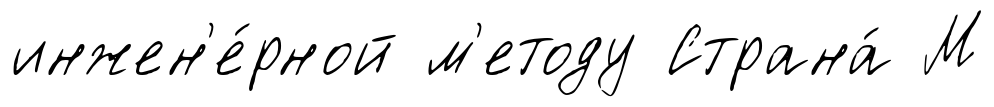
инжен'е́рной м'етоду Страна́ М